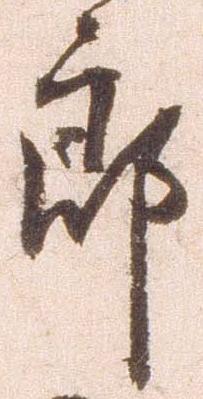
郎